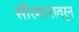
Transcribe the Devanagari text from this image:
सौरमानावरून